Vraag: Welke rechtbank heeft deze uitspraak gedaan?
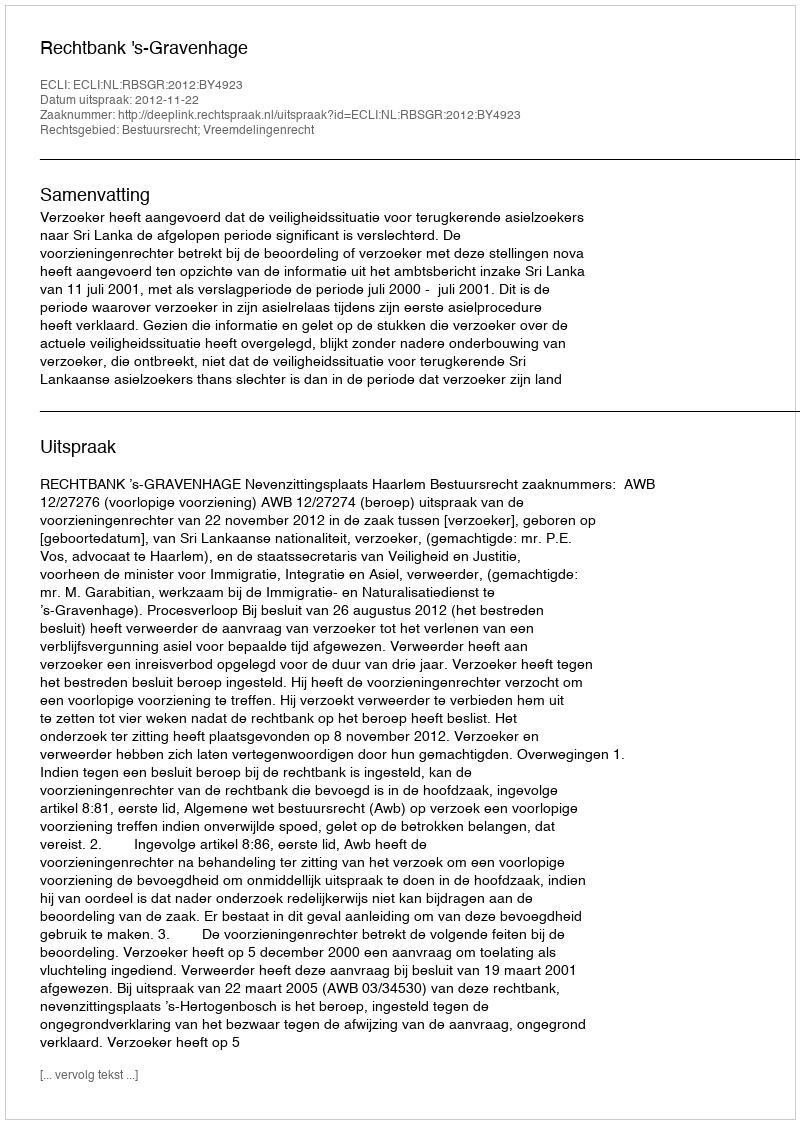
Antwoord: Rechtbank 's-Gravenhage